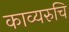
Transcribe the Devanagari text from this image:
काव्यरुचि